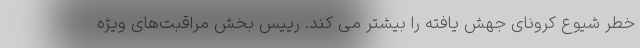
خطر شیوع کرونای جهش یافته را بیشتر می کند. رییس بخش مراقبت‌های ویژه